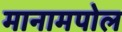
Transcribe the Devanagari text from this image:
मानामपोल